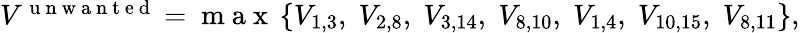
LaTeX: \begin{array}{r}{V^{\mathrm{~u~n~w~a~n~t~e~d~}}=\mathrm{~m~a~x~}\left\{ V_{1,3},\; V_{2,8},\; V_{3,14},\; V_{8,10},\; V_{1,4},\; V_{10,15},\; V_{8,11}\right\} ,}\end{array}